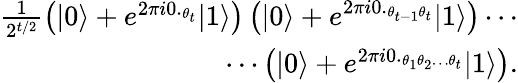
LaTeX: \begin{array}{r}{\frac{1}{2^{t/2}}\left(|0\rangle+e^{2\pi i0._{\theta_{t}}}|1\rangle\right)\left(|0\rangle+e^{2\pi i0._{\theta_{t-1}\theta_{t}}}|1\rangle\right)\cdots}\\ {\cdots\left(|0\rangle+e^{2\pi i0._{\theta_{1}\theta_{2}\dots\theta_{t}}}|1\rangle\right).}\end{array}